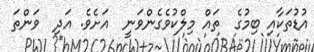
އުޑުތަކާއި ބިމުގެ  ތައް މިލްކުވެގެންވަނީ  އަށެވެ. އަދި  ވަންތަ